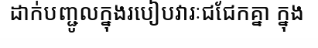
ដាក់បញ្ជូលក្នុងរបៀបវារៈជជែកគ្នា ក្នុង